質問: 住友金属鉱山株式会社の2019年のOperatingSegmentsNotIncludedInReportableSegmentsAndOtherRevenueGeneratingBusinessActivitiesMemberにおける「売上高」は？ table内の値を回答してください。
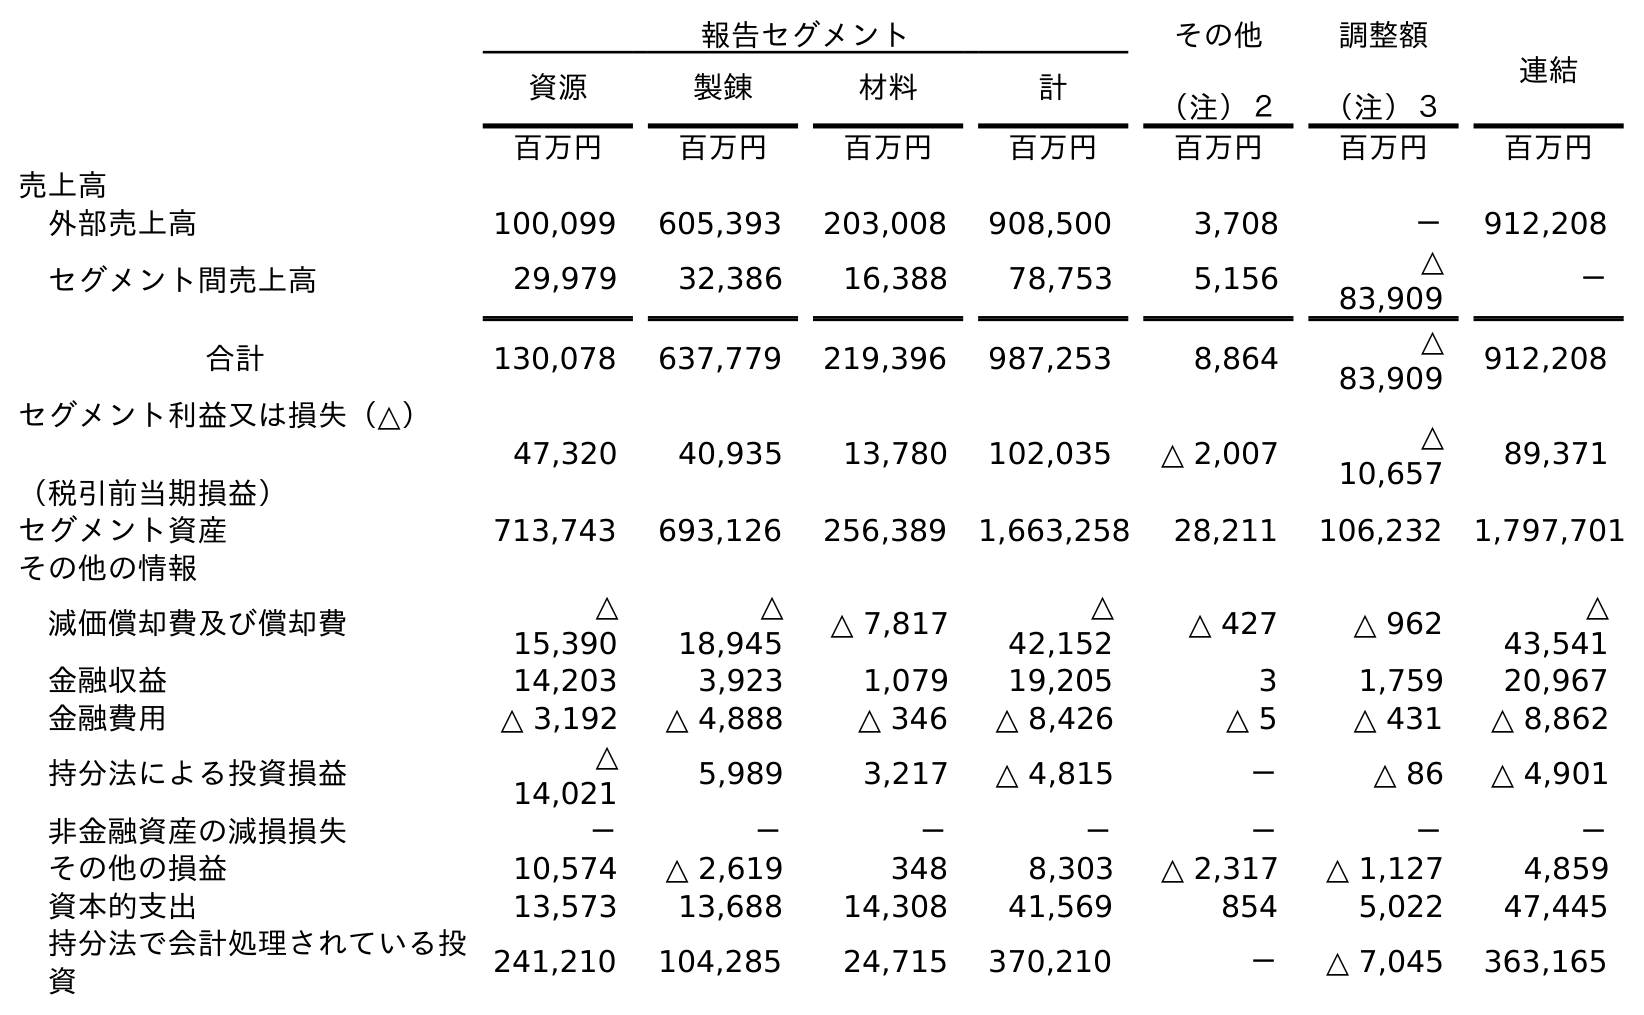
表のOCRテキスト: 報告セグメント その他 （注）２ 調整額 （注）３ 連結 資源 製錬 材料 計 百万円 百万円 百万円 百万円 百万円 百万円 百万円 売上高 外部売上高 100,099 605,393 203,008 908,500 3,708 － 912,208 セグメント間売上高 29,979 32,386 16,388 78,753 5,156 △ 83,909 － 合計 130,078 637,779 219,396 987,253 8,864 △ 83,909 912,208 セグメント利益又は損失（△） （税引前当期損益） 47,320 40,935 13,780 102,035 △ 2,007 △ 10,657 89,371 セグメント資産 713,743 693,126 256,389 1,663,258 28,211 106,232 1,797,701 その他の情報 減価償却費及び償却費 △ 15,390 △ 18,945 △ 7,817 △ 42,152 △ 427 △ 962 △ 43,541 金融収益 14,203 3,923 1,079 19,205 3 1,759 20,967 金融費用 △ 3,192 △ 4,888 △ 346 △ 8,426 △ 5 △ 431 △ 8,862 持分法による投資損益 △ 14,021 5,989 3,217 △ 4,815 － △ 86 △ 4,901 非金融資産の減損損失 － － － － － － － その他の損益 10,574 △ 2,619 348 8,303 △ 2,317 △ 1,127 4,859 資本的支出 13,573 13,688 14,308 41,569 854 5,022 47,445 持分法で会計処理されている投 資 241,210 104,285 24,715 370,210 － △ 7,045 363,165
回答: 8,864